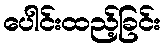
ပေါင်းထည့်ခြင်း